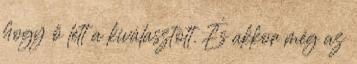
hogy ő lett a kiválasztott. És akkor még az